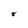
Character: 8